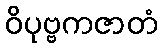
ဝိပုဗ္ဗကဇာတံ